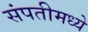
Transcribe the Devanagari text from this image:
संपतीमध्ये